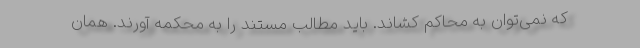
که نمی‌توان به محاکم کشاند. باید مطالب مستند را به محکمه آورند. همان